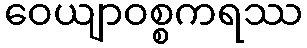
ဝေယျာဝစ္စကရဿ